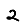
Digit: 2